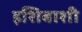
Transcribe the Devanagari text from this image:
इशिबाशी